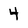
Character: 4